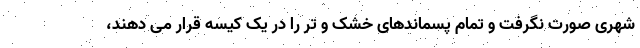
شهری صورت نگرفت و تمام پسماندهای خشک و تر را در یک کیسه قرار می‌ دهند،